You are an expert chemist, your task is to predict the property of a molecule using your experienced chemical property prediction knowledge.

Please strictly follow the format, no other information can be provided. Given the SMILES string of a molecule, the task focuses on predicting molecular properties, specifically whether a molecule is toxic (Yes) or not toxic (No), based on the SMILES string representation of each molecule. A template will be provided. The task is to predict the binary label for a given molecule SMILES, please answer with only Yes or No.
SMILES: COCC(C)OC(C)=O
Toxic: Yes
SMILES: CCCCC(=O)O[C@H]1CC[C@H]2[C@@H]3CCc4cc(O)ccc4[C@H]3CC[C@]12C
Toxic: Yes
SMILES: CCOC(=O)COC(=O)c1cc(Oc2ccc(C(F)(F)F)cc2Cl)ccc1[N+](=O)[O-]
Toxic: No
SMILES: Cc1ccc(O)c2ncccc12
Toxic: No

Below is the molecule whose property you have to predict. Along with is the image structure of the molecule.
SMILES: CCCCCC[n+]1ccccc1
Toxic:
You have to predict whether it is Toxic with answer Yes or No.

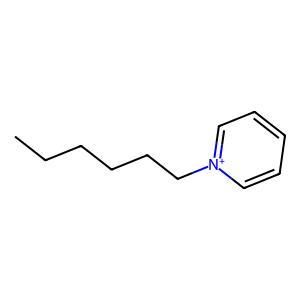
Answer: No